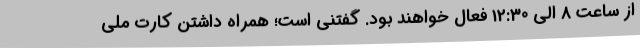
از ساعت 8 الی 12:30 فعال خواهند بود. گفتنی است؛ همراه داشتن کارت ملی